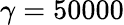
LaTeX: \gamma=50000